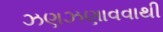
ઝણઝણાવવાથી